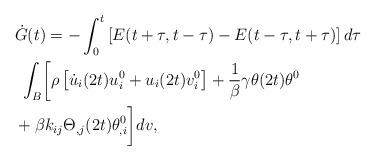
LaTeX: \begin{align*}\begin{aligned} & \dot{G}(t)=-\int_{0}^{t}\left[E(t+\tau,t-\tau)-E(t-\tau,t+\tau)\right]d\tau\\ & \ \int_{B}\biggl[\rho\left[\dot{u}_{i}(2t)u_{i}^{0}+u_{i}(2t)v_{i}^{0}\right]+\frac{1}{\beta}\gamma\theta(2t)\theta^{0}\\ & +\beta k_{ij}\Theta_{,j}(2t)\theta_{,i}^{0}\biggr]dv,\end{aligned}\end{align*}